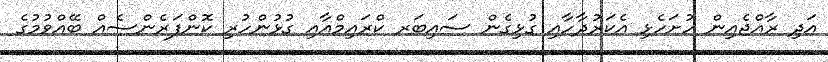
އަދި ރާއްޖެއިން ހުށަހެޅި އެކަރުދާހާއި ގުޅިގެން ސައިބަރ ކްރައިމްއާއި ގުޅުންހުރި ކޮންފަރެންސެއް ބޭއްވުމުގެ